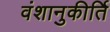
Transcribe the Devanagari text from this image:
वंशानुकीर्ति